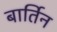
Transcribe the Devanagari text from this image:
बार्तिन